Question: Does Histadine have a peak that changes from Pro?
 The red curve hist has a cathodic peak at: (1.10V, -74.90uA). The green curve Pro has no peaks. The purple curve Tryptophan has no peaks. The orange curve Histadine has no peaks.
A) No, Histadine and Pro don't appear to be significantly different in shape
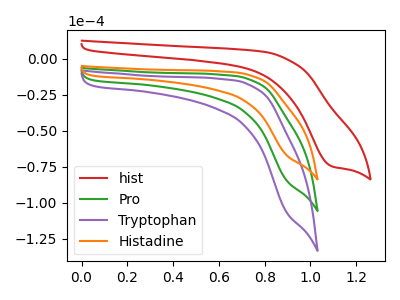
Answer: <think>Neither "Histadine" or "Pro" have any peaks.
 </think>
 <answer>A) No, "Histadine" and "Pro" don't appear to be significantly different in shape</answer>
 <eval>A</eval>